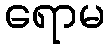
ရောမ